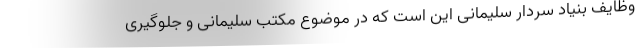
وظایف بنیاد سردار سلیمانی این است که در موضوع مکتب سلیمانی و جلوگیری